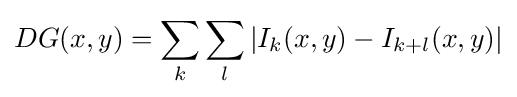
DG(x,y)=\sum _{k}\sum _{l}{|I_{k}(x,y)-I_{k+l}(x,y)|}\,\!